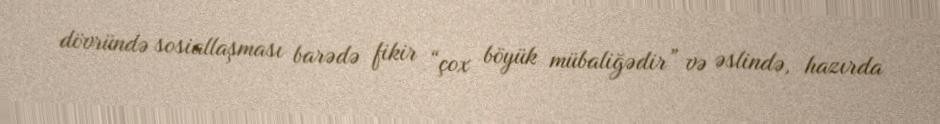
dövründə sosiallaşması barədə fikir “çox böyük mübaliğədir” və əslində, hazırda